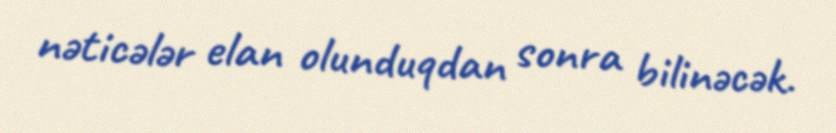
nəticələr elan olunduqdan sonra bilinəcək.